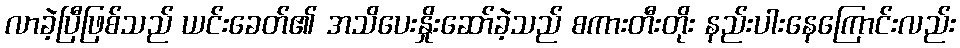
လာခဲ့ပြီဖြစ်သည် ယင်းခေတ်၏ အသိပေးနှိုးဆော်ခဲ့သည် စကားတီးတိုး နည်းပါးနေကြောင်းလည်း